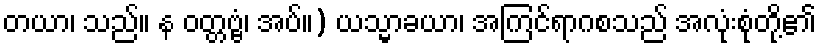
တယာ၊ သည်။ န ဝတ္တဗ္ဗံ၊ အပ်။) ယသ္မာခယာ၊ အကြင်ရာဂစသည် အလုံးစုံတို့၏